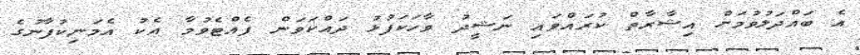
އެ ބައްދަލުވުމަށް އިޝާރާތް ކުރައްވައި ނަޝީދު ވާހަކަފުޅު ދައްކަވަން ފެއްޓެވުމާ އެކު އެމަނިކުފާނުގެ